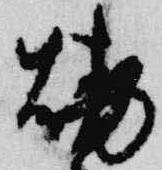
焼